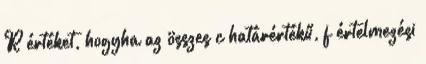
R értéket, hogyha az összes c határértékű, f értelmezési